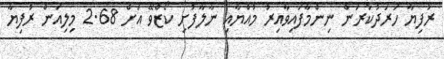
ރުފިޔާ ހަރަދުކުރަން ނިންމާފައިވާއިރު މުއްޔާއި ނާލާފުށި ކޯޒްވޭ އަށް 2.68 މިލިއަން ރުފިޔާ